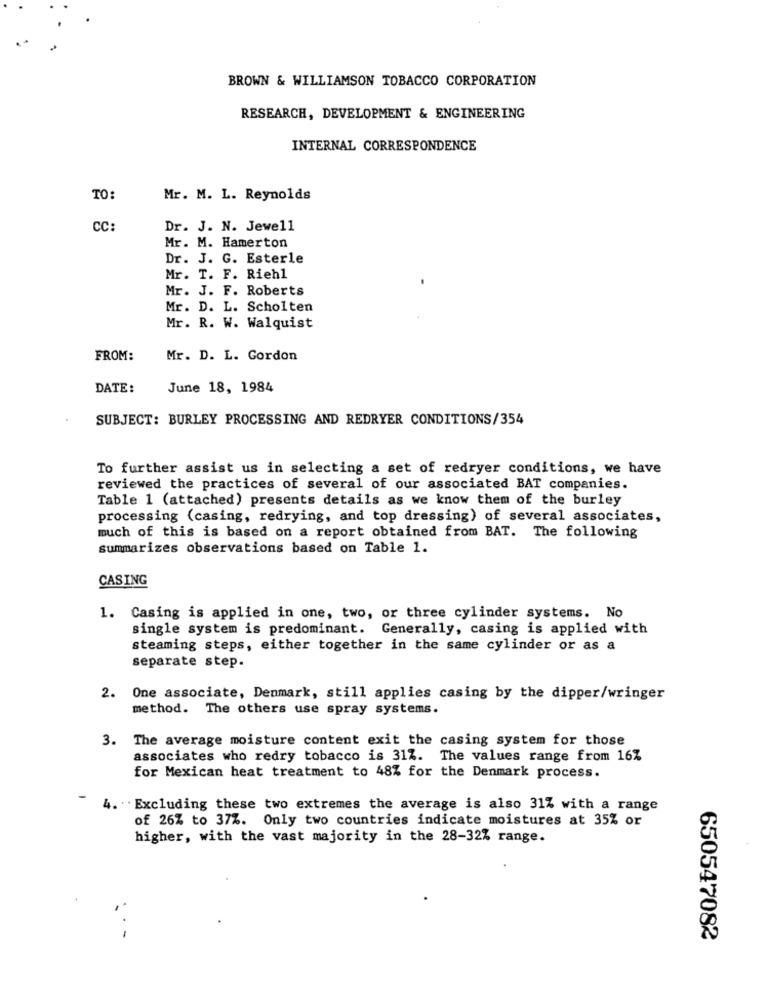
BROWN & WILLIAMSON TOBACCO CORPORATION
RESEARCH, DEVELOPMENT & ENGINEERING
INTERNAL CORRESPONDENCE
TO:
Mr. M. L. Reynolds
CC:
Dr. J. N. Jewell
Mr. M. Hamerton
Dr. J. G. Esterle
Mr. T. F. Riehl
Mr. J. F. Roberts
Mr. D. L. Scholten
Mr. R. W. Walquist
FROM:
Mr. D. L. Gordon
DATE:
June 18, 1984
SUBJECT: BURLEY PROCESSING AND REDRYER CONDITIONS/354
To further assist us in selecting a set of redryer conditions, we have
reviewed the practices of several of our associated BAT companies.
Table 1 (attached) presents details as we know them of the burley
processing (casing, redrying, and top dressing) of several associates,
much of this is based on a report obtained from BAT. The following
summarizes observations based on Table 1.
CASING
1. Casing is applied in one, two, or three cylinder systems. No
single system is predominant. Generally, casing is applied with
steaming steps, either together in the same cylinder or as a
separate step.
2. One associate, Denmark, still applies casing by the dipper/wringer
method. The others use spray systems.
3. The average moisture content exit the casing system for those
associates who redry tobacco is 31%. The values range from 16%
for Mexican heat treatment to 48% for the Denmark process.
-
4. Excluding these two extremes the average is also 31% with a range
of 26% to 37%. Only two countries indicate moistures at 35% or
higher, with the vast majority in the 28-32% range.
...
650547082